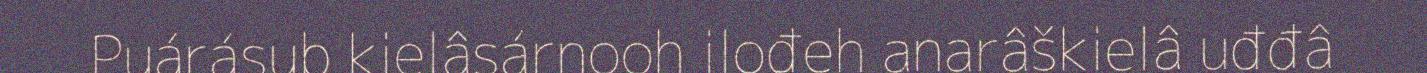
Puárásub kielâsárnooh ilođeh anarâškielâ uđđâ